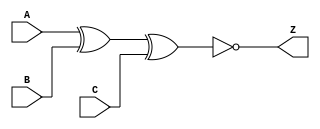
// --------------------------------------------------------------------
// >>>>>>>>>>>>>>>>>>>>>>>>> COPYRIGHT NOTICE <<<<<<<<<<<<<<<<<<<<<<<<<
// --------------------------------------------------------------------
// Copyright (c) 2005 by Lattice Semiconductor Corporation
// --------------------------------------------------------------------
//
//
//                     Lattice Semiconductor Corporation
//                     5555 NE Moore Court
//                     Hillsboro, OR 97214
//                     U.S.A.
//
//                     TEL: 1-800-Lattice  (USA and Canada)
//                          1-408-826-6000 (other locations)
//
//                     web: http://www.latticesemi.com/
//
// --------------------------------------------------------------------
//
// Simulation Library File for SC
//
// $Header: /home/dmsys/pvcs/RCSMigTest/rcs/verilog/pkg/versclibs/data/orca5/RCS/XNOR3.v,v 1.3 2005/05/19 19:07:05 pradeep Exp $ 
//
`resetall
`timescale 1 ns / 1 ps

`celldefine

module XNOR3 (A, B, C, Z);
  input A, B, C;
  output Z;

  xnor (Z, A, B, C);


endmodule 

`endcelldefine